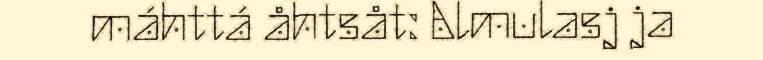
máhttá åhtsåt: Almulasj ja